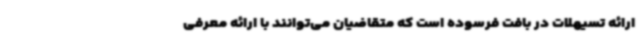
ارائه تسیهلات در بافت فرسوده است که متقاضیان می‌توانند با ارائه معرفی